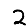
Digit: 2